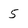
Character: 5